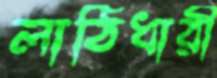
লাঠিধারী